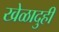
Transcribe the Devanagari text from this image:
खेळादुही